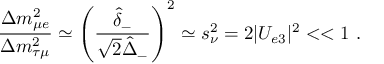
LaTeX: \frac { \Delta m _ { \mu e } ^ { 2 } } { \Delta m _ { \tau \mu } ^ { 2 } } \simeq \left( \frac { \hat { \delta } _ { - } } { \sqrt { 2 } \hat { \Delta } _ { - } } \right) ^ { 2 } \simeq s _ { \nu } ^ { 2 } = 2 | U _ { e 3 } | ^ { 2 } < < 1 \ .